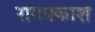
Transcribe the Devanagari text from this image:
रागप्रकाश